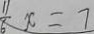
\frac { 1 1 } { 6 } x = 7